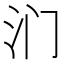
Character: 𰛉